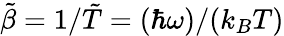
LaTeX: \tilde{\beta}=1/\tilde{T}=(\hbar\omega)/(k_{B}T)